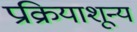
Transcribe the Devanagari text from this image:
प्रक्रियाशून्‍य